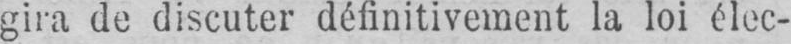
gira de discuter définitivement la loi élec-